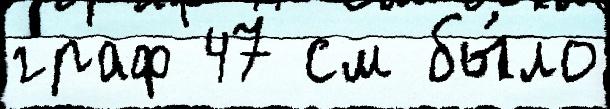
граф 47 см бы́ло